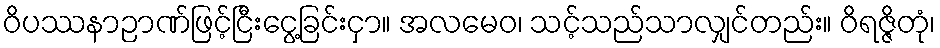
ဝိပဿနာဉာဏ်ဖြင့်ငြီးငွေ့ခြင်းငှာ။ အလမေဝ၊ သင့်သည်သာလျှင်တည်း။ ဝိရဇ္ဇိတုံ၊